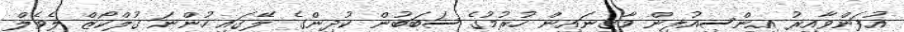
އުފަންވާއިރު އިންސިއުލިން މާގިނައިން ހުރުމުގެ ސަބަބުން ކުދިންގެ ލޭގައި ހުންނަ ގުލްކޯޒް ލެވެލް